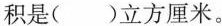
积是( )立方厘米。